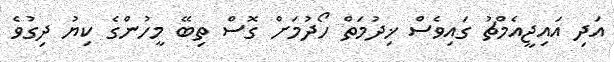
އަދި އައިޖީއެމްޗު ގައިވެސް ޚިދުމަތް ހޯދުމަށް ގޮސް ތިބޭ މީހުންގެ ކިޔު ދިގުވެ